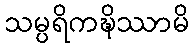
သမ္ပရိကဍ္ဎိဿာမိ